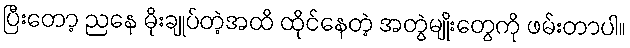
ပြီးတော့ ညနေ မိုးချုပ်တဲ့အထိ ထိုင်နေတဲ့ အတွဲမျိုးတွေကို ဖမ်းတာပါ။